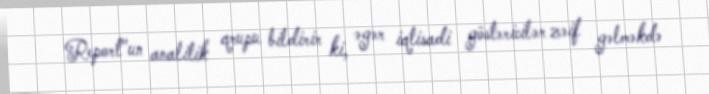
Report"un analitik qrupu bildirir ki, əgər iqtisadi göstəricilər zəif gəlməkdə